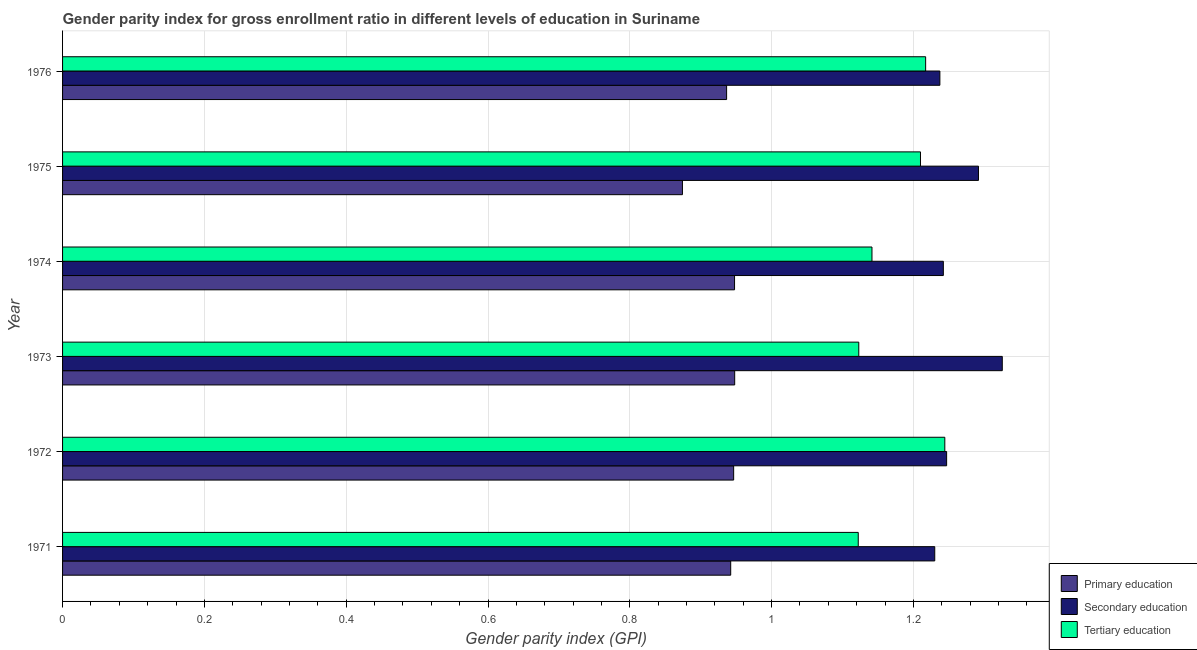
| Year | Primary education | Secondary education | Tertiary education |
 | --- | --- | --- | --- |
 | 1971 | 0.942 | 1.23 | 1.12 |
 | 1972 | 0.946 | 1.25 | 1.24 |
 | 1973 | 0.948 | 1.33 | 1.12 |
 | 1974 | 0.948 | 1.24 | 1.14 |
 | 1975 | 0.874 | 1.29 | 1.21 |
 | 1976 | 0.937 | 1.24 | 1.22 |